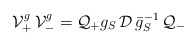
\begin{align*}{\cal V}^g_+\,{\cal V}^g_-={\cal Q}_+g_S\,{\cal D}\,\bar g_S^{-1}\, {\cal Q}_-\end{align*}